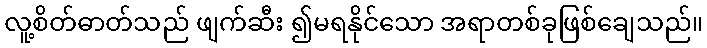
လူ့စိတ်ဓာတ်သည် ဖျက်ဆီး ၍မရနိုင်သော အရာတစ်ခုဖြစ်ချေသည်။